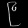
Digit: ၉